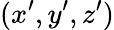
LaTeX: (x^{\prime},y^{\prime},z^{\prime})